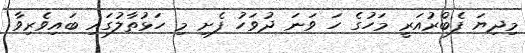
މިދިޔަ ފެބްރުއަރީ މަހުގެ ހަ ވަނަ ދުވަހު ފެށި މި ހަޅުތާލުގައި ބައިވެރިވާ